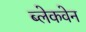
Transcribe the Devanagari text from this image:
ब्लेकवेन